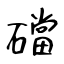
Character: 礑